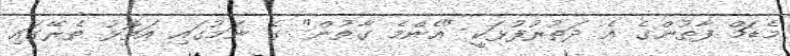
މެޑަމް ފާތުންގެ އެ ދަތުރުފުޅަކީ "އެންމެ ގާތުން" ގެ ނަމުގައި އަތޮޅު ތެރޭގައި